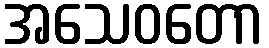
အသေဝတော